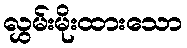
လွှမ်းမိုးထားသော